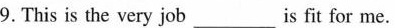
9. This is the very job ___ is fitfor me.